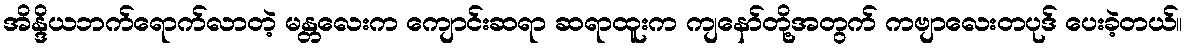
အိန္ဒိယဘက်ရောက်လာတဲ့ မန္တလေးက ကျောင်းဆရာ ဆရာထူးက ကျနော်တို့အတွက် ကဗျာလေးတပုဒ် ပေးခဲ့တယ်။